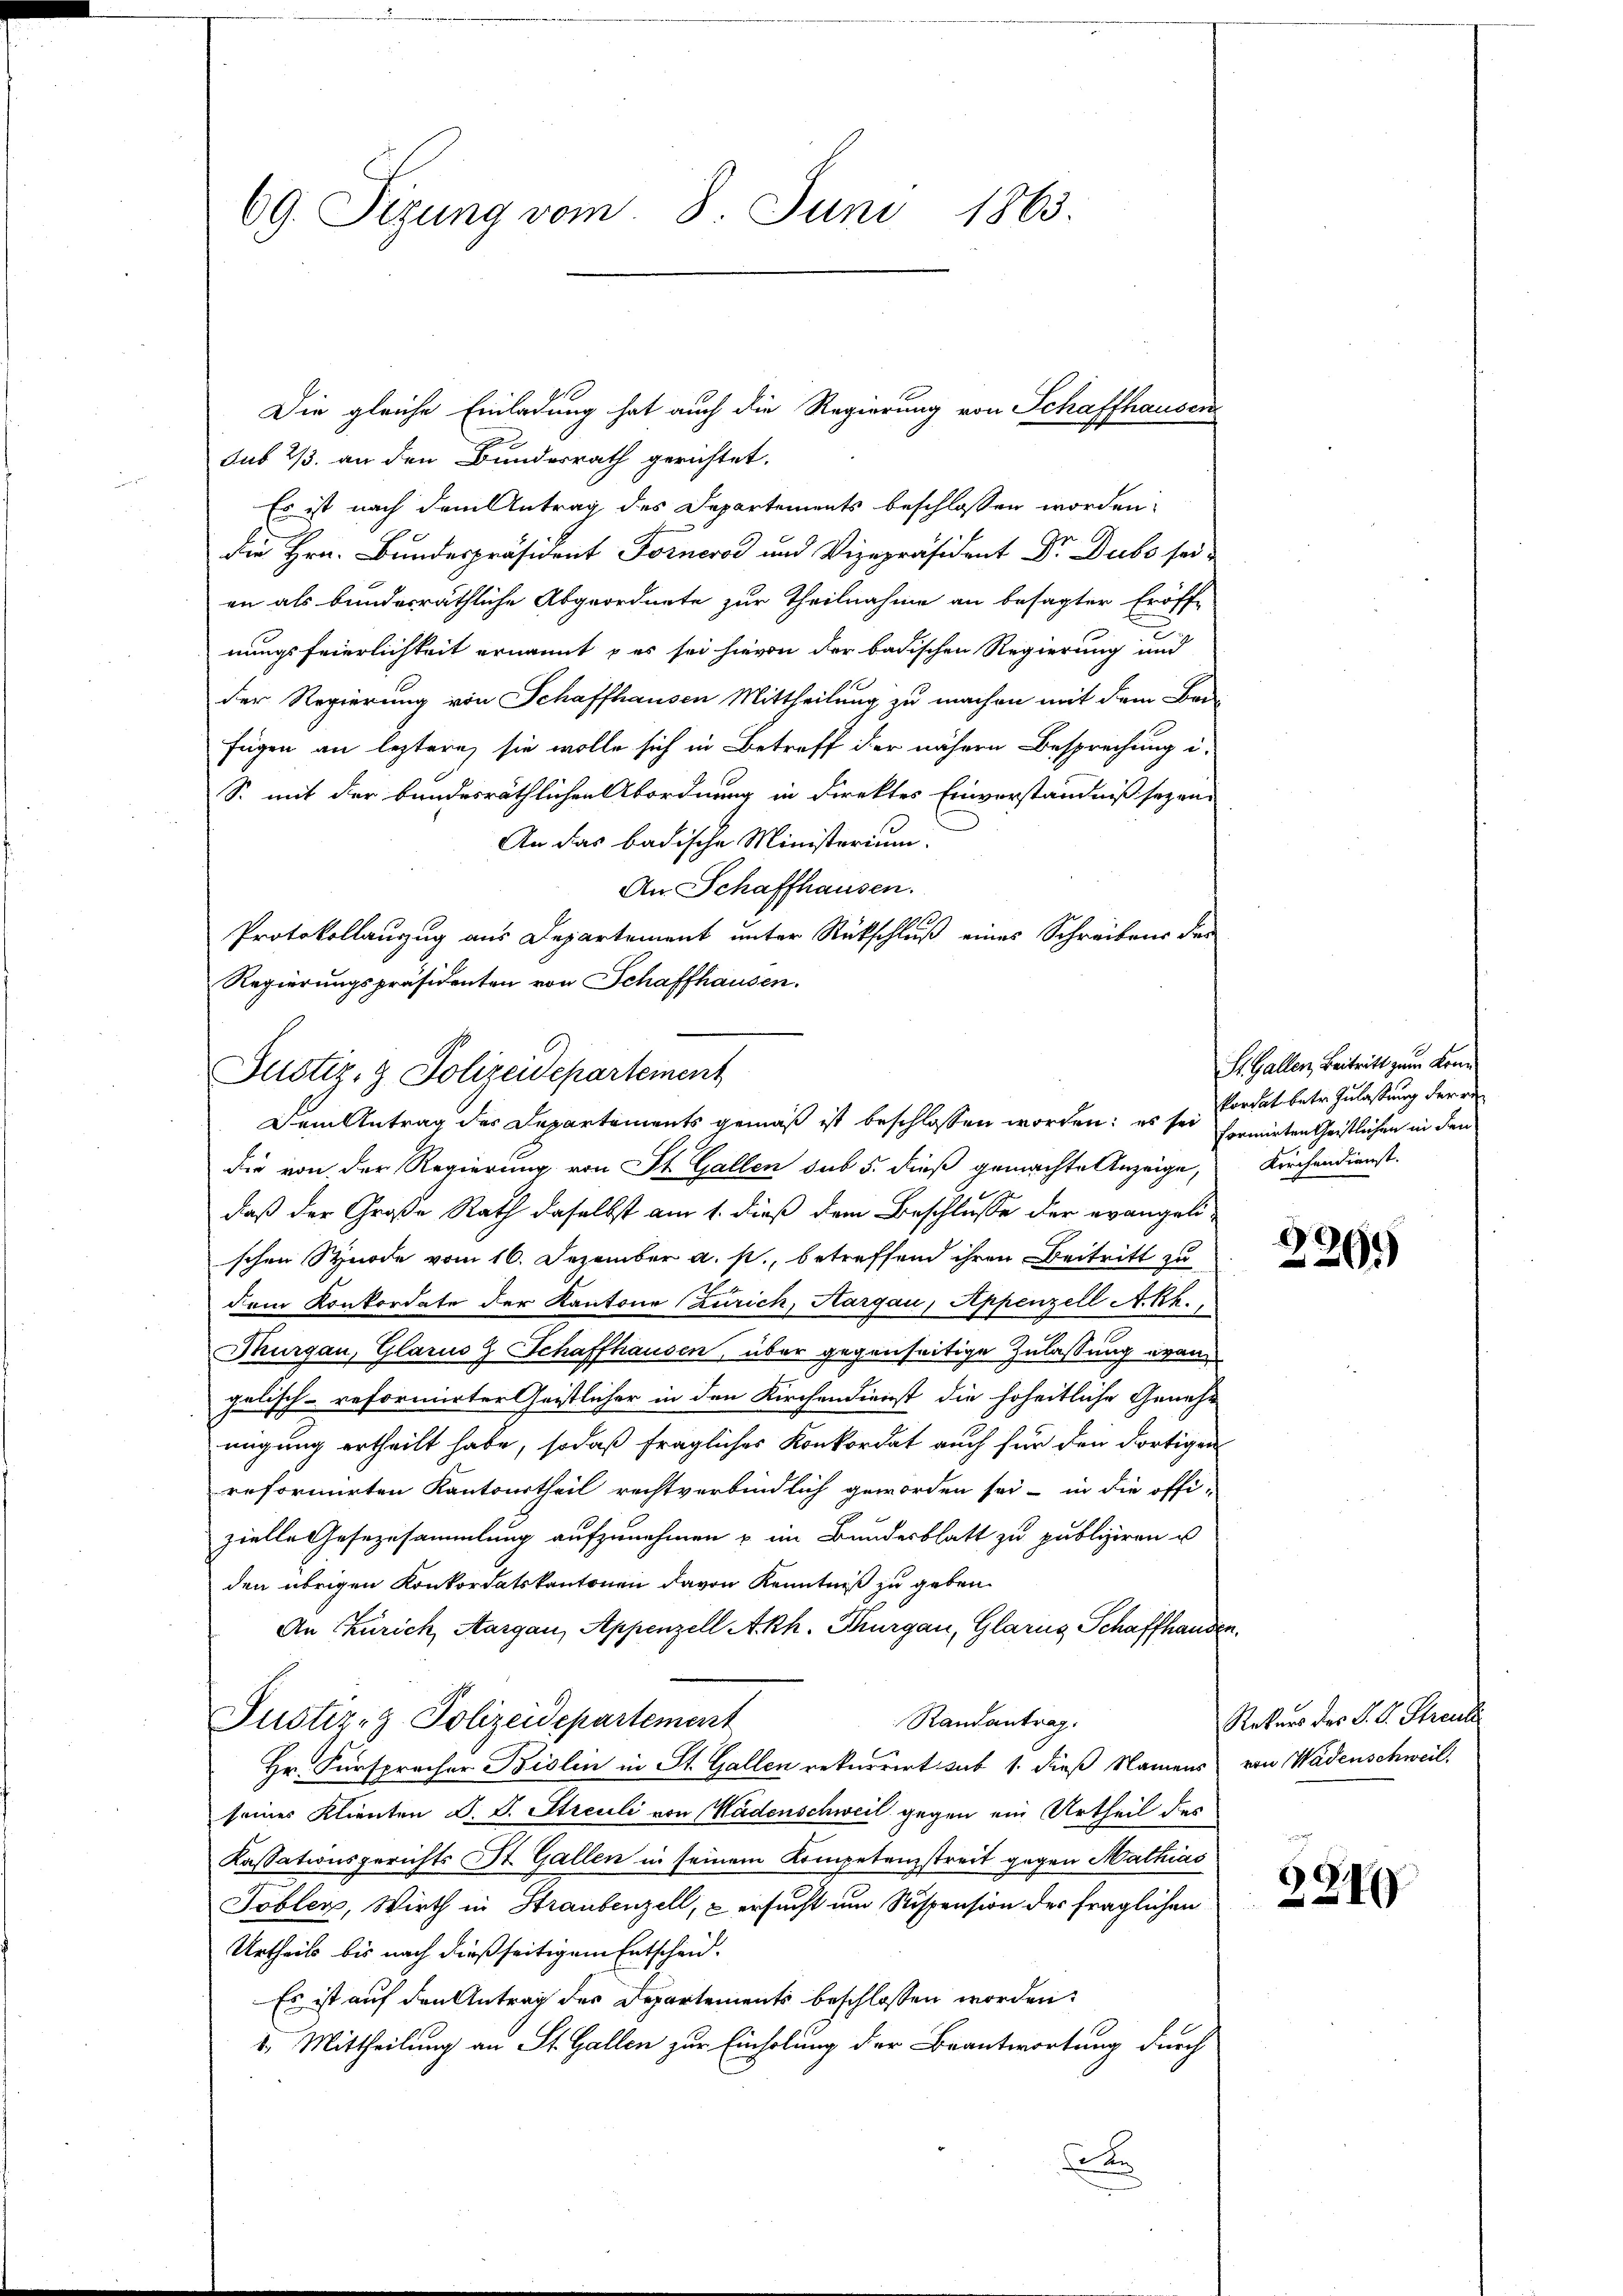
69. Sizung vom 8. Juni 1863.

Die gleiche Einladung hat auch die Regierung von Schaffhausen
sub 2/3. an den Bundesrath gerichtet.
nungen
Es ist nach dem Antrag des Departements beschlossen worden:
die Hrn. Bundespräsident Forneros und Vizepräsident Dr. Dubs sei
an als bundesräthliche Abgeordnete zur Theilnahme an besagter Eröff-
nungsfeierlichkeit ernannt & es sei hievon der badischen Regierung und
der Regierung von Schaffhausen Mittheilung zu machen mit dem Bei-
fügen an leztere, sie wolle sich in Betreff der nähern Besprechung i
S. mit der bundesräthlichen Abordnung in Direktes Einverständniß seyen
An das badische Ministerium.
An Schaffhausen.
.
Protokollauszug aus Departement unter Rückschluß eines Schreibens der
Regierungspräsidenten von Schaffhausen.
die von der Regierung von St. Gallen sub 5. dieß gemachte Anzeige, Kirchendienst.
daß der Große Rath daselbst am 1. dieß dem Beschlusse der evangelischen Synode vom 16. Dezember a. p., betreffend ihren Beitritt zu
dem Konkordate der Kantone (Zürich, Aargau, Appenzell A.Rh.
Thurgau, Glarus & Schaffhausen, über gegenseitige Zulassung evangelisch-reformirter Geistlicher in den Kirchendienst die hoheitliche Genehm
migung ertheilt habe, sodaß fragliches Konkordat auch für den dortigen
reformirten Kantonstheil rechtverbindlich geworden sei, in die offi-
zielle Gesezusammlung aufzunehmen u im Bundesblatt zu publiziren u
den übrigen Konkordatskantonen davon Kenntniß zu geben.
An Zürich, Aargau, Appenzell Akh. Thurgau, Glarus Schaffhanden.
Randantrag.
Justiz- & Polizeidepartement
Hr. Fürsprocher Biolin in St. Gallen rekurrirt sub 1. dieß Namens von Wadenschweil.
seiner Klienten S. S. Sticuli von Hadenschweil gegen ein Urtheil des
Kassationsgerichts St. Gallen in seinem Kompetenzstreit gegen Mathias
Toblen, Wirth in Straubenzell, & ersucht um Suspension der fraglichen
Urtheils bis nach dießseitigem Entscheid.
Es ist auf den Antrag des Departements beschlossen worden:
2. Mittheilung an St. Gallen zur Einholung der Beantwortung durch
t

Justiz- & Polizeidepartement
Dem Antrag des Departements gemäß ist beschlossen worden; es sei formirten Geistlichen in den

St. Gallen, Beitritt zum Konn
kordat betr. Zulassung deren

220.

Rekurs des S. V. Streul

2219